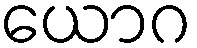
ယောဂ